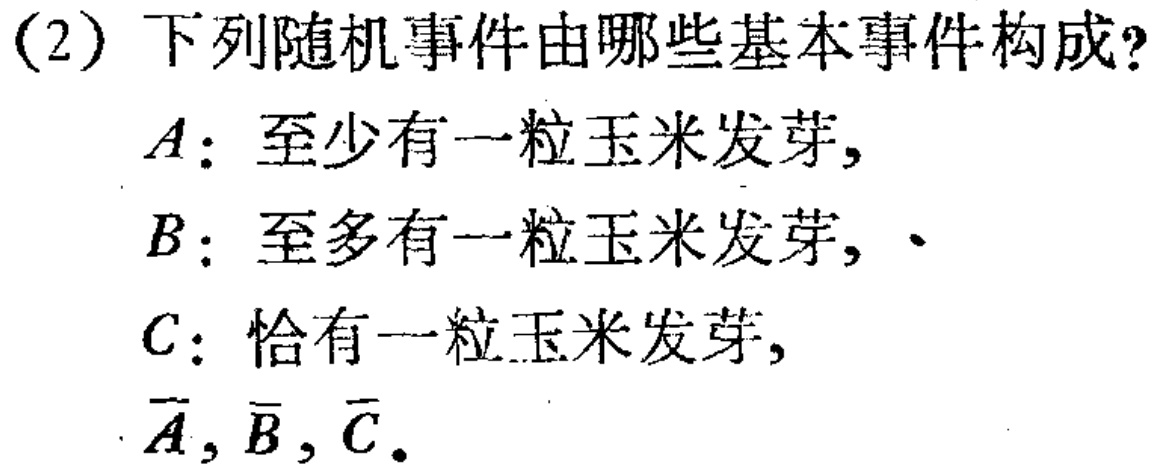
(2) 下列随机事件由哪些基本事件构成?
$A$：至少有一粒玉米发芽,
$B$：至多有一粒玉米发芽, 、
$C$：恰有一粒玉米发芽,
$\overline{A},\overline{B},\overline{C}$.